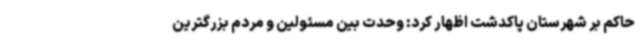
حاکم بر شهرستان پاکدشت اظهار کرد: وحدت بین مسئولین و مردم بزرگترین